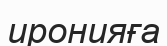
иронияға